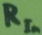
Text: RIn